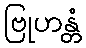
ဗြုဟန္တံ